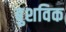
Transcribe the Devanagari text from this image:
बुशविक